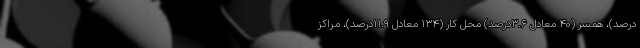
درصد)، همسر (۴۰ معادل ۳.۶درصد) محل کار (۱۳۴ معادل ۱۱.۹درصد)، مراکز